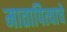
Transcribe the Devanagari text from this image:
मातापित्याचे